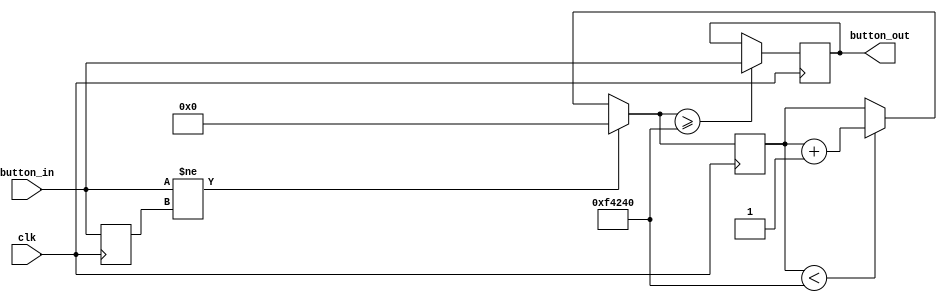
module Debounce(
    input clk,        // 100MHz
    input button_in,  // 
    output reg button_out  // 
);

// 
parameter DEBOUNCE_INTERVAL = 1000000;  // 100MHz10ms

// 
reg [19:0] counter;  // 
reg button_in_prev;  // 

// 
initial begin
    counter = 0;
    button_out = 0;
    button_in_prev = 0;
end

// 
always @(posedge clk) begin
    // 
    if (button_in != button_in_prev) begin
        counter = 0;
    end else if (counter < DEBOUNCE_INTERVAL) begin
        counter = counter + 1;
    end

    // 
    if (counter >= DEBOUNCE_INTERVAL) begin
        button_out <= button_in;
    end

    // 
    button_in_prev <= button_in;
end

endmodule